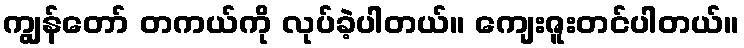
ကျွန်တော် တကယ်ကို လုပ်ခဲ့ပါတယ်။ ကျေးဇူးတင်ပါတယ်။